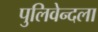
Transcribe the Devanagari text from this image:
पुलिवेन्दला